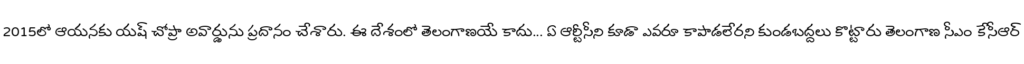
2015లో ఆయనకు యష్ చోప్రా అవార్డును ప్రదానం చేశారు. ఈ దేశంలో తెలంగాణయే కాదు... ఏ ఆర్టీసీని కూడా ఎవరూ కాపాడలేరని కుండబద్దలు కొట్టారు తెలంగాణ సీఎం కేసీఆర్